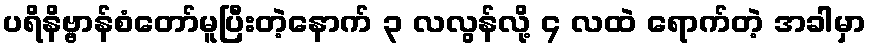
ပရိနိဗ္ဗာန်စံတော်မူပြီးတဲ့နောက် ၃ လလွန်လို့ ၄ လထဲ ရောက်တဲ့ အခါမှာ